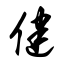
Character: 健